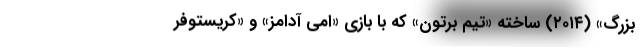
بزرگ» (۲۰۱۴) ساخته «تیم برتون» که با بازی «امی آدامز» و «کریستوفر